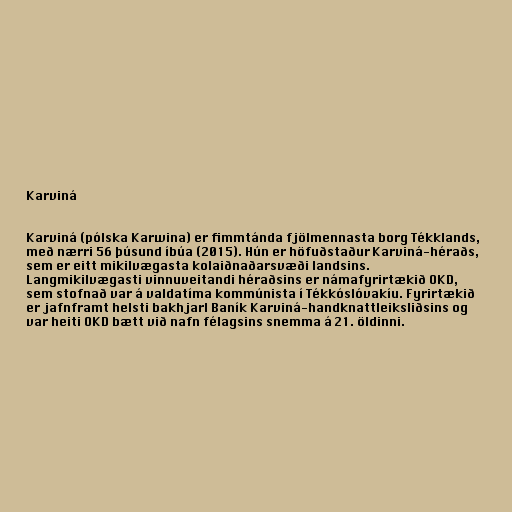
Karviná

Karviná (pólska Karwina) er fimmtánda fjölmennasta borg Tékklands,
með nærri 56 þúsund íbúa (2015). Hún er höfuðstaður Karviná-héraðs,
sem er eitt mikilvægasta kolaiðnaðarsvæði landsins.
Langmikilvægasti vinnuveitandi héraðsins er námafyrirtækið OKD,
sem stofnað var á valdatíma kommúnista í Tékkóslóvakíu. Fyrirtækið
er jafnframt helsti bakhjarl Baník Karviná-handknattleiksliðsins og
var heiti OKD bætt við nafn félagsins snemma á 21. öldinni.